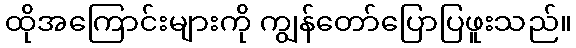
ထိုအကြောင်းများကို ကျွန်တော်ပြောပြဖူးသည်။